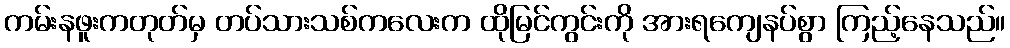
ကမ်းနဖူးကတုတ်မှ တပ်သားသစ်ကလေးက ထိုမြင်ကွင်းကို အားရကျေနပ်စွာ ကြည့်နေသည်။